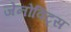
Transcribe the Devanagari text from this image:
जेनोविट्स